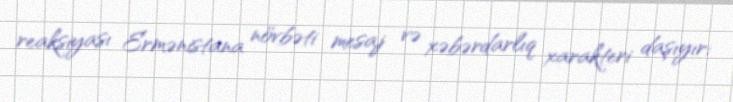
reaksiyası Ermənistana növbəti mesaj və xəbərdarlıq xarakteri daşıyır: